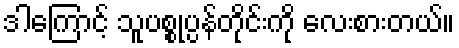
ဒါကြောင့် သူပစ္စုပ္ပန်တိုင်းကို လေးစားတယ်။